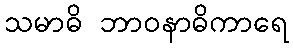
သမာဓိ ဘာဝနာဓိကာရေ